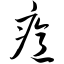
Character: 癔